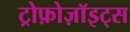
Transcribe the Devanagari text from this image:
ट्रोफ़ोज़ॉइट्स